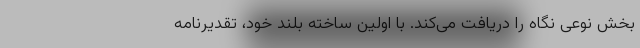
بخش نوعی نگاه را دریافت می‌کند. با اولین ساخته بلند خود، تقدیرنامه